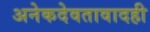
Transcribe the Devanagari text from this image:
अनेकदेवतावादही